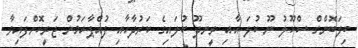
ބިލަބޮންގް ސްކޫލު ނޫ ކުލަ އާއި ރީނދޫ ކުލައިގެ ކަރުދާހާއި ފުއްޕާހަމުން ޖަރީކޮށްފައިވާ